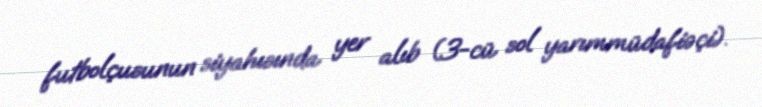
futbolçusunun siyahısında yer alıb (3-cü sol yarımmüdafiəçi).